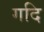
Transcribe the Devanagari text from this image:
गदि